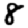
Digit: 8